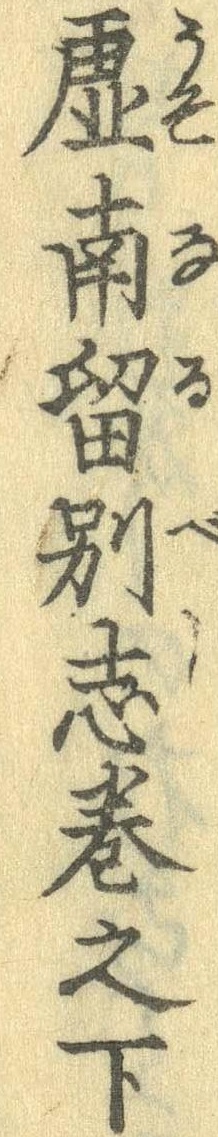
虚南留別志巻之下